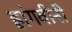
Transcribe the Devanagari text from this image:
ह्लांगवीनी